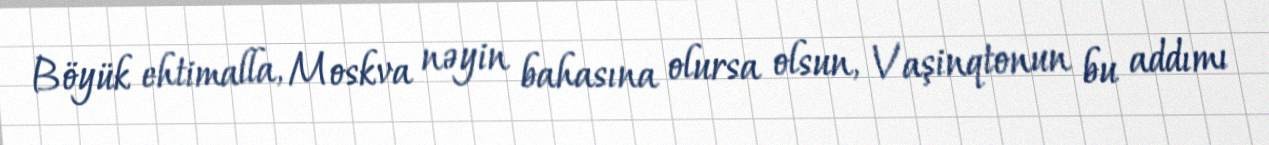
Böyük ehtimalla, Moskva nəyin bahasına olursa olsun, Vaşinqtonun bu addımı